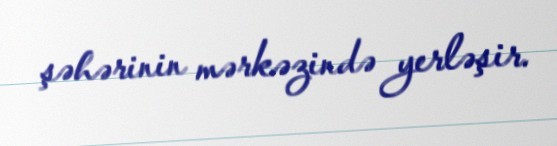
şəhərinin mərkəzində yerləşir.